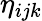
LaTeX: \eta_{ijk}